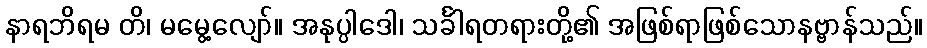
နာရဘိရမ တိ၊ မမွေ့လျော်။ အနုပ္ပါဒေါ၊ သင်္ခါရတရားတို့၏ အဖြစ်ရာဖြစ်သောနဗ္ဗာန်သည်။